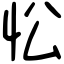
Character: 忪